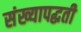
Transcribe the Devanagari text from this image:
संख्यापद्धती